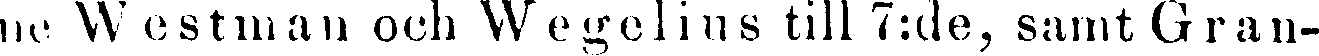
ne Westman och Wegelius till 7:de, samt Gran-